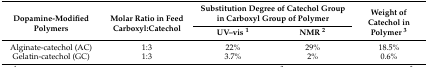
<table><thead><tr><td rowspan="2"><b>Dopamine-Modified Polymers</b></td><td rowspan="2"><b>Molar Ratio in Feed Carboxyl:Catechol</b></td><td colspan="2"><b>Substitution Degree of Catechol Group in Carboxyl Group of Polymer</b></td><td rowspan="2"><b>Weight of Catechol in Polymer <sup>3</sup></b></td></tr><tr><td><b>UV–vis <sup>1</sup></b></td><td><b>NMR <sup>2</sup></b></td></tr></thead><tbody><tr><td>Alginate-catechol (AC)</td><td>1:3</td><td>22%</td><td>29%</td><td>18.5%</td></tr><tr><td>Gelatin-catechol (GC)</td><td>1:3</td><td>3.7%</td><td>2%</td><td>0.6%</td></tr></tbody></table>